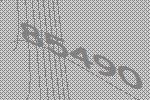
85490